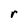
Character: r